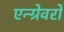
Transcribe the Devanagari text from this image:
एन्ग्रेवरों